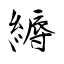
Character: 縟